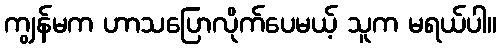
ကျွန်မက ဟာသပြောလိုက်ပေမယ့် သူက မရယ်ပါ။